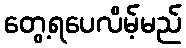
တွေ့ရပေလိမ့်မည်